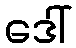
ဒေါ်